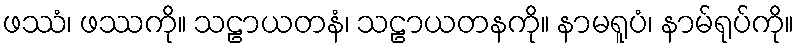
ဖဿံ၊ ဖဿကို။ သဠာယတနံ၊ သဠာယတနကို။ နာမရူပံ၊ နာမ်ရုပ်ကို။